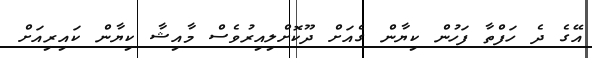
އޭގެ ދެ ހަފްތާ ފަހުން ކިޔާން ގެއަށް ދޫކޮށްލިއިރުވެސް މާއިޝާ ކިޔާން ކައިރިއަށް